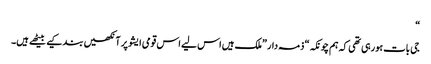
“
جی بات ہورہی تھی کہ ہم چونکہ“ ذمہ دار ”ملک ہیں اس لیے اس قومی ایشو پر آنکھیں بند کیے بیٹھے ہیں۔